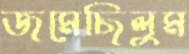
জমেছিলুম